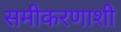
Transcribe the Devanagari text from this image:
समीकरणाशी